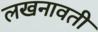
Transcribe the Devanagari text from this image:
लखनावती